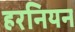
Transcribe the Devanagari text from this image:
हरनियन